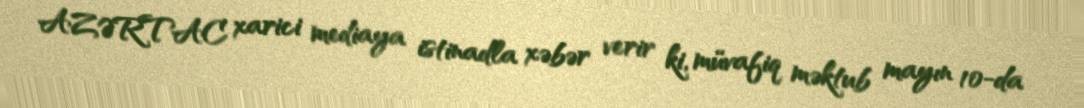
AZƏRTAC xarici mediaya istinadla xəbər verir ki, müvafiq məktub mayın 10-da